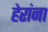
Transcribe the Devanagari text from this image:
हेरांना